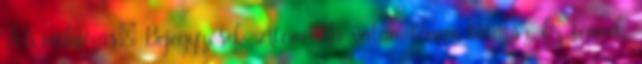
Feliratkozás: Bejegyzések Atom Ha valamit nem találsz Ez lennék